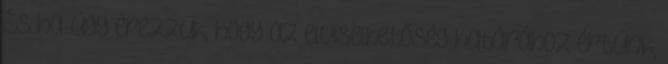
És ha úgy érezzük, hogy az elviselhetőség határához értünk,